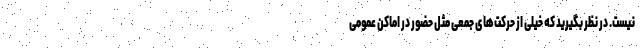
نیست. در نظر بگیرید که خیلی از حرکت‌های جمعی مثل حضور در اماکن عمومی